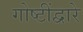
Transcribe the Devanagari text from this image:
गोष्टींद्वारे